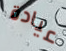
عيادة